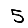
Digit: 5